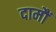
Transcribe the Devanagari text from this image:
दामौं